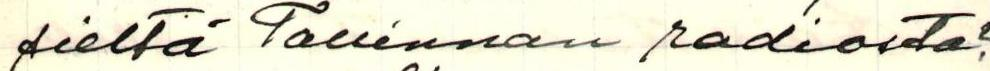
sieltä Tallinnan radiosta?